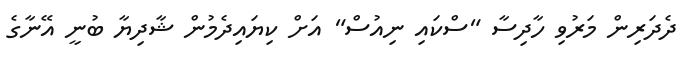
ދެދަރިން މަރުވި ހާދިސާ "ސްކައި ނިއުސް" އަށް ކިޔައިދެމުން ޝާދިޔާ ބުނީ އޭނާގެ